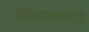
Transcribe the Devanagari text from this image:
संपादनकार्य